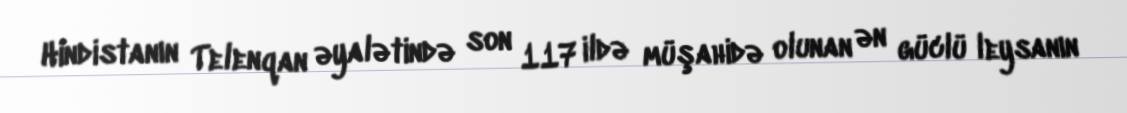
Hindistanın Telenqan əyalətində son 117 ildə müşahidə olunan ən güclü leysanın